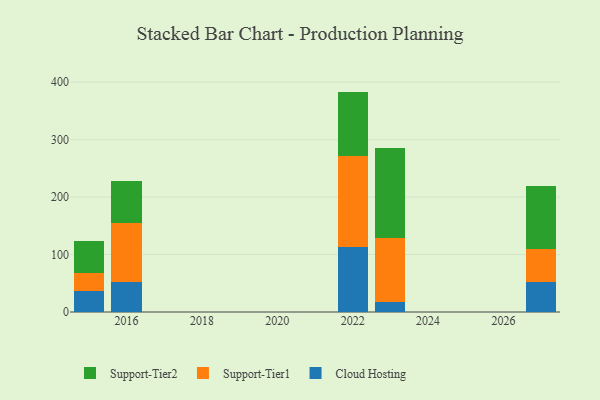
{"axis": {"x": "Year", "y": "Gross Profit (USD K)"}, "legend": ["Cloud Hosting", "Support-Tier1", "Support-Tier2"], "data": [{"x": "2015", "y": 36.8, "type": "Cloud Hosting"}, {"x": "2015", "y": 31.4, "type": "Support-Tier1"}, {"x": "2015", "y": 55.9, "type": "Support-Tier2"}, {"x": "2022", "y": 113.0, "type": "Cloud Hosting"}, {"x": "2022", "y": 159.3, "type": "Support-Tier1"}, {"x": "2022", "y": 111.3, "type": "Support-Tier2"}, {"x": "2027", "y": 52.5, "type": "Cloud Hosting"}, {"x": "2027", "y": 56.3, "type": "Support-Tier1"}, {"x": "2027", "y": 109.9, "type": "Support-Tier2"}, {"x": "2023", "y": 16.7, "type": "Cloud Hosting"}, {"x": "2023", "y": 112.4, "type": "Support-Tier1"}, {"x": "2023", "y": 157.0, "type": "Support-Tier2"}, {"x": "2016", "y": 52.4, "type": "Cloud Hosting"}, {"x": "2016", "y": 102.0, "type": "Support-Tier1"}, {"x": "2016", "y": 74.0, "type": "Support-Tier2"}]}